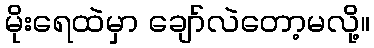
မိုးရေထဲမှာ ချော်လဲတော့မလို့။